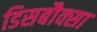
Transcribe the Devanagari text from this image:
डिसबौक्सा